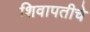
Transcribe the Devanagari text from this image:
शिवापतीचे